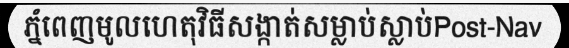
ភ្នំពេញមូលហេតុវិធីសង្កាត់សម្លាប់ស្លាប់Post-Nav